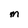
Character: M